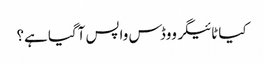
کیا ٹائیگر ووڈس واپس آگیا ہے؟